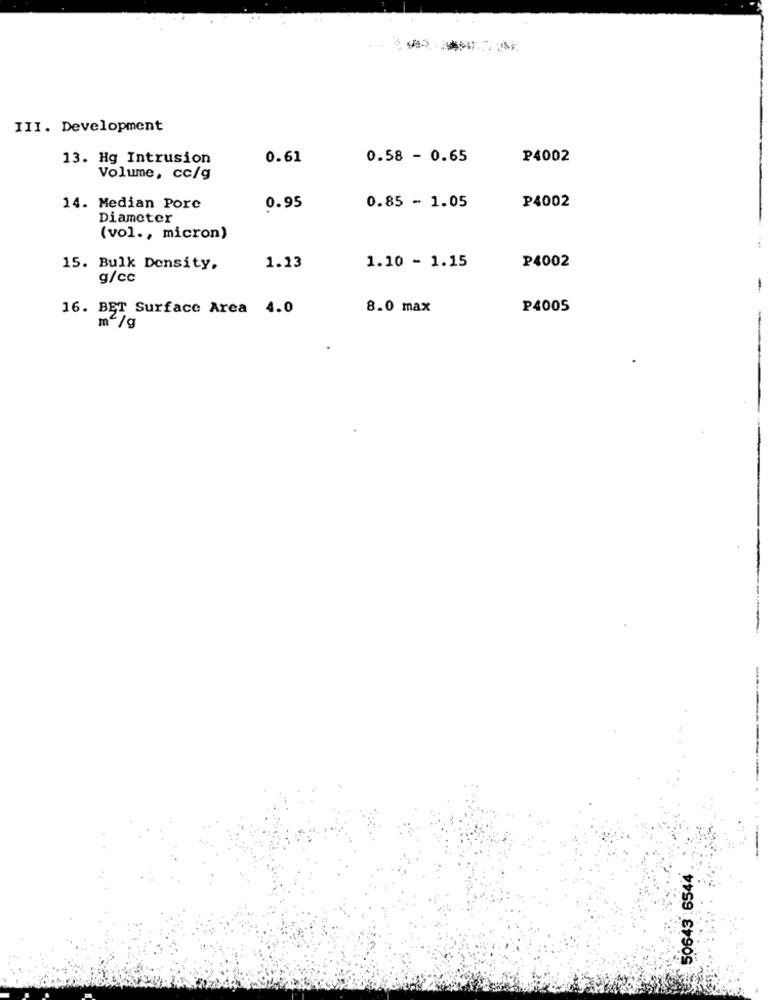
III. Development
13. Hg Intrusion
0.61
0.58 - 0.65
₽4002
Volume, cc/g
14. Median Porc
0.95
0.85 - 1.05
₽4002
Diameter
(vol ., micron)
15. Bulk Density,
1.13
1.10 - 1.15
P4002
g/cc
-
16. BET Surface Area 4.0
8.0 max
P4005
m2/g
50643 6544